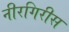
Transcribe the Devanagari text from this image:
नीरगिरीस